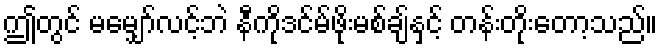
ဤတွင် မမျှော်လင့်ဘဲ နီကိုဒင်မ်ဖိုးမစ်ချ်နှင့် တန်းတိုးတော့သည်။